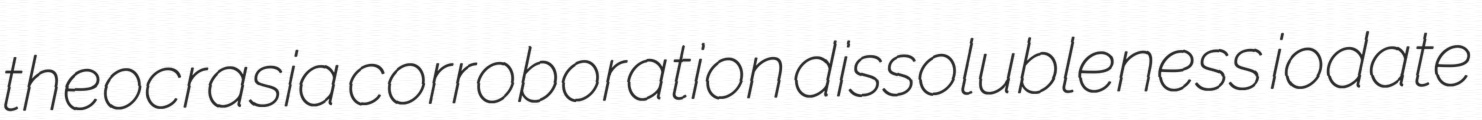
theocrasia corroboration dissolubleness iodate